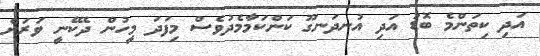
އަދި ކިތަންމެ ބޮޑު އަދި އުނދަނގޫ ކަންކަމާމެދުވެސް މިފަދަ މީހުން ދެކޭނީ ވަރަށް